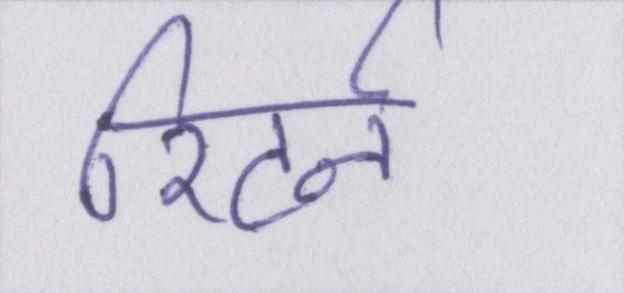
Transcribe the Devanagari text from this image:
रिटर्न